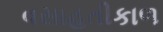
વસાહતીકાળ